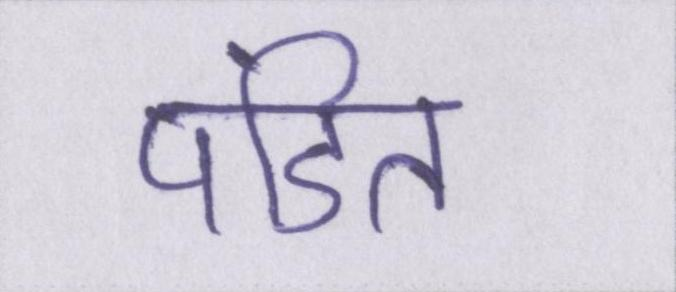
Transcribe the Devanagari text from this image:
पंडित